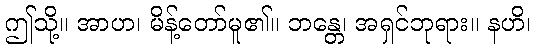
ဤသို့။ အာဟ၊ မိန့်တော်မူ၏။ ဘန္တေ၊ အရှင်ဘုရား။ နဟိ၊